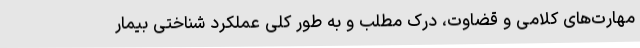
مهارت‌های کلامی و قضاوت، درک مطلب و به طور کلی عملکرد شناختی بیمار